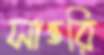
সান্তরি